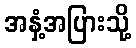
အနှံ့အပြားသို့